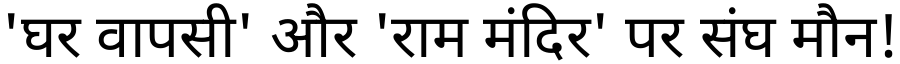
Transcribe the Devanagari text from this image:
'घर वापसी' और 'राम मंदिर' पर संघ मौन!